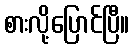
စားလို့ပြောင်ပြီ။